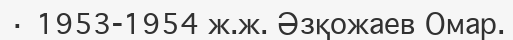
· 1953-1954 ж.ж. Әзқожаев Омар.